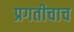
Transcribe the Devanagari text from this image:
प्रगतीचाच